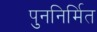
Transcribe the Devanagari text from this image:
पुननिर्मित